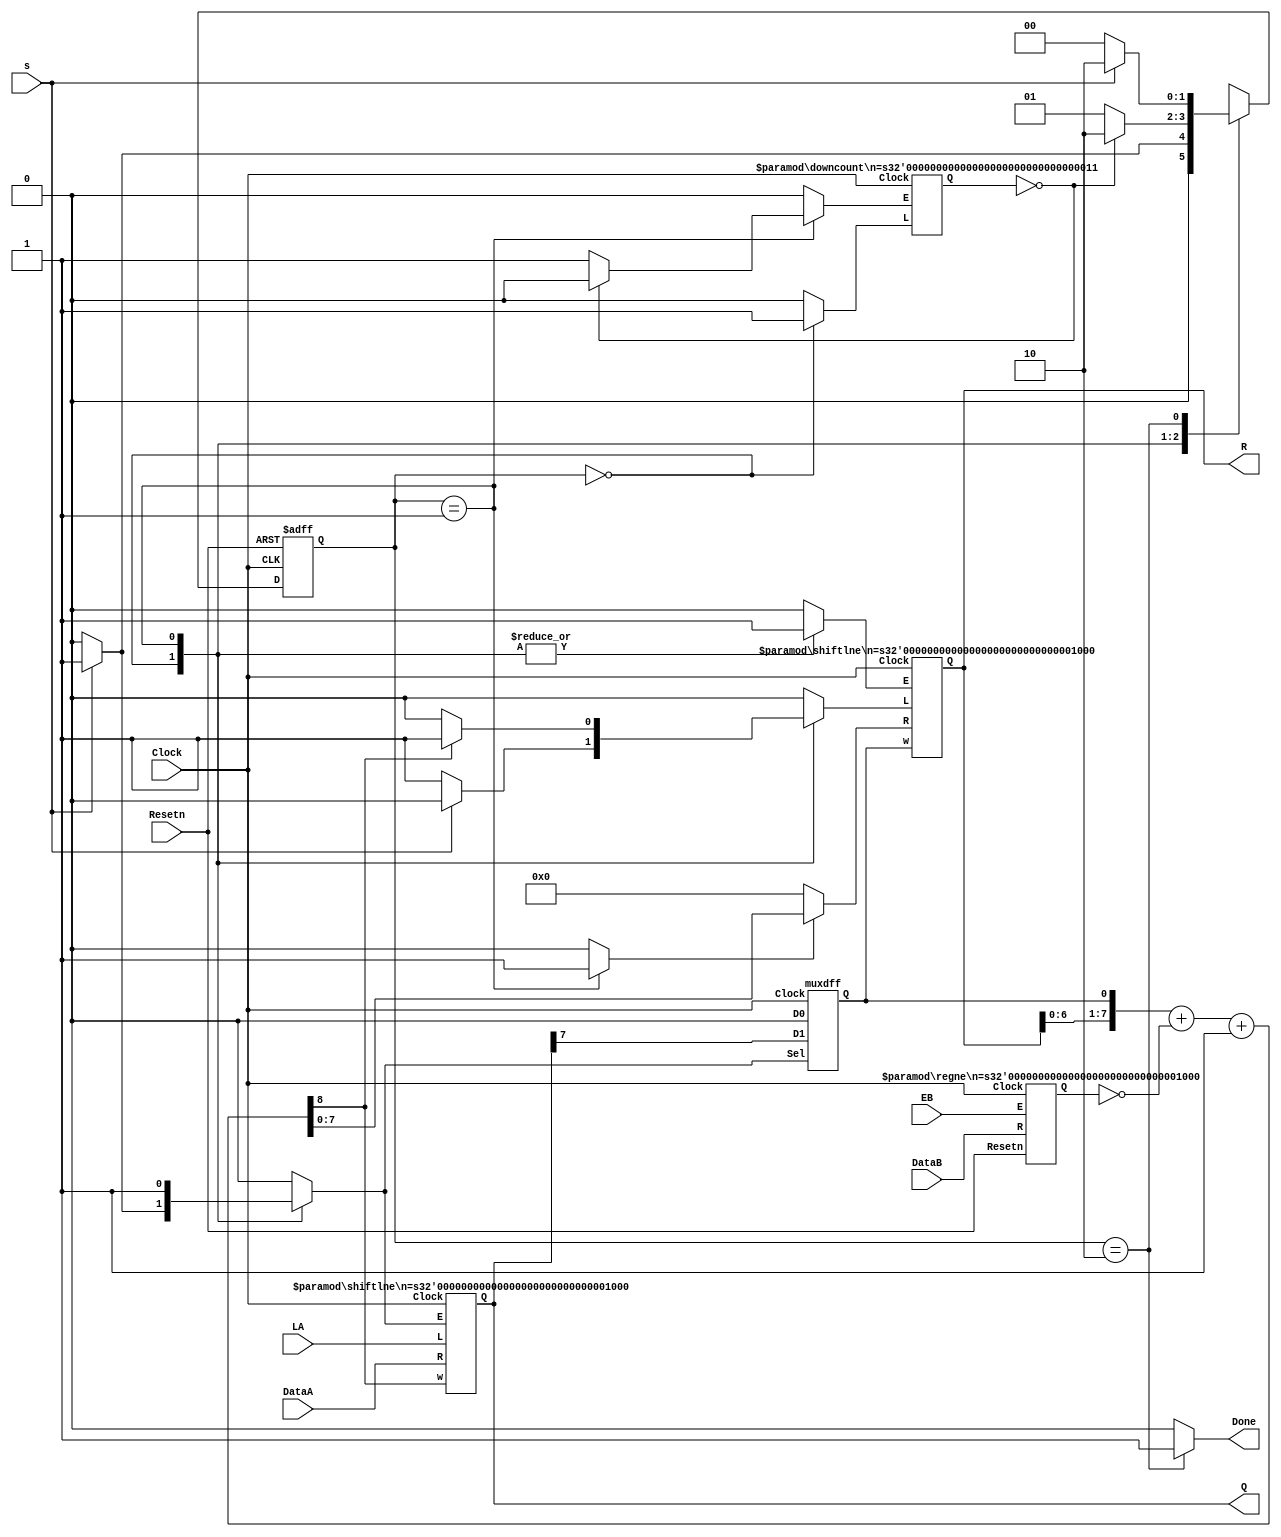
module divider_steve (Clock, Resetn, s, LA, EB, DataA, DataB, R, Q, Done);
	parameter n = 8, logn = 3;
	input Clock, Resetn, s, LA, EB;
	input [n-1:0] DataA, DataB;
	output [n-1:0] R, Q;
	output reg Done;

	wire Cout, z, R0;
	wire [n-1:0] DataR;
	wire [n:0] Sum;
	reg [1:0] y, Y;
	wire [n-1:0] A, B;
	wire [logn-1:0] Count;
	reg EA, Rsel, LR, ER, ER0, LC, EC;
	integer k;

// control circuit

	parameter S1 = 2'b00, S2 = 2'b01, S3 = 2'b10;

	always @(s, y, z)
	begin: State_table
		case (y)
			S1:	if (s == 0) Y = S1;
				else Y = S2;
			S2:	if (z == 0) Y = S2;
				else Y = S3;
			S3:	if (s == 1) Y = S3;
				else Y = S1;
			default: Y = 2'bxx;
		endcase
	end

	always @(posedge Clock, negedge Resetn)
	begin: State_flipflops
		if (Resetn == 0)
			y <= S1;
		else
			y <= Y;
	end

	always @(y, s, Cout, z)
	begin: FSM_outputs
		// defaults
		LR = 0; ER = 0; ER0 = 0; LC = 0; EC = 0; EA = 0;
		Rsel = 0; Done = 0;
		case (y)
			S1:	begin
					LC = 1; ER = 1;
					if (s == 0)
					begin
						LR = 1; ER0 = 0;
					end
					else
					begin
						LR = 0; EA = 1; ER0 = 1;
					end
				end
			S2: begin
					Rsel = 1; ER = 1; ER0 = 1; EA = 1;
					if (Cout) LR = 1;
					else LR = 0;
					if (z == 0) EC = 1;
					else EC = 0;
				end
			S3:	Done = 1;
		endcase
	end

//datapath circuit

	regne RegB (DataB, Clock, Resetn, EB, B);
	defparam RegB.n = n;

	shiftlne ShiftR (DataR, LR, ER, R0, Clock, R);
	defparam ShiftR.n = n;

	muxdff FF_R0 (1'b0, A[n-1], ER0, Clock, R0);

	shiftlne ShiftA (DataA, LA, EA, Cout, Clock, A);
	defparam ShiftA.n = n;
	assign Q = A;

	downcount Counter (Clock, EC, LC, Count);
	defparam Counter.n = logn;

	assign z = (Count == 0);

	assign Sum = {1'b0, R[n-2:0], R0} + {1'b0, ~B} + 1;
	assign Cout = Sum[n];

	// define the n 2-to-1 multiplexers
	assign DataR = Rsel ? Sum : 0;
endmodule


module regne (R, Clock, Resetn, E, Q);
	parameter n = 8;
	input [n-1:0] R;
	input Clock, Resetn, E;
	output reg [n-1:0] Q;
	
	always @(posedge Clock, negedge Resetn)
		if (Resetn == 0)
			Q <= 0;
		else if (E)
			Q <= R;
endmodule


module shiftlne (R, L, E, w, Clock, Q);
	parameter n = 8;
	input [n-1:0] R;
	input L, E, w, Clock;
	output reg [n-1:0] Q;
	integer k;

	always @(posedge Clock)
	begin
	 	if (L)
			Q <= R;
		else if (E)
	 	begin
	 		Q[0] <= w;
			for (k=1; k < n; k = k+1)
				Q[k] <= Q[k-1];
		end
	end
endmodule


module muxdff(D0, D1, Sel, Clock, Q);
	input D0, D1, Sel, Clock;
	output reg Q;
	
	always @(posedge Clock)
	 	if (~Sel)
			Q <= D0;
		else 
			Q <= D1;
endmodule


module downcount(Clock, E, L, Q);
	parameter n=4;
	input Clock, L, E;
	output reg [n-1:0] Q;
		
	always @(posedge Clock)
		if (L)
			Q <= {n{1'b1}};
		else if (E)
			Q <= Q - 1;
endmodule